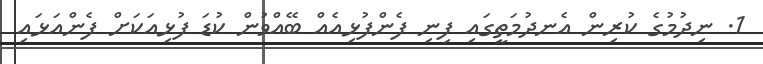
1. ނިދުމުގެ ކުރިން އެނދުމަތީގައި ފިނި ފެންފުޅިއެއް ބޭއްވުން ކުޑަ ފުޅިއަކަށް ފެންއަޅައި